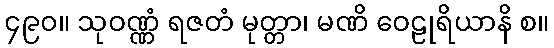
၄၉၀။ သုဝဏ္ဏံ ရဇတံ မုတ္တာ၊ မဏိ ဝေဠုရိယာနိ စ။